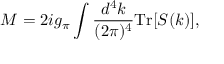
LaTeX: M = 2 i g _ { \pi } \int \frac { d ^ { 4 } k } { ( 2 \pi ) ^ { 4 } } \mathrm { T r } [ S ( k ) ] ,